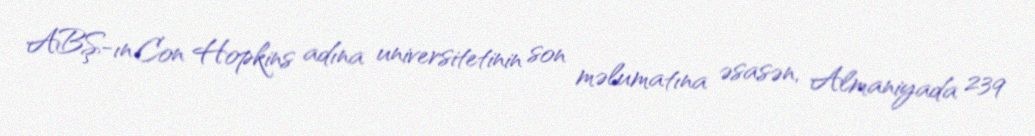
ABŞ-ın Con Hopkins adına universitetinin son məlumatına əsasən, Almaniyada 239